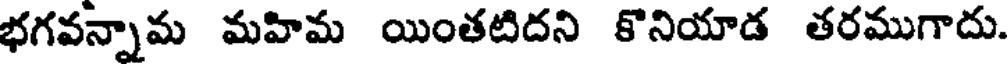
భగవన్నామ మహిమ యింతటిదని కొనియాడ తరముగాదు.